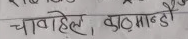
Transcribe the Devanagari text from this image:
चावहिल, काठमान्डौं